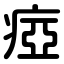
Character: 瘂